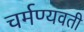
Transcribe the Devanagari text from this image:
चर्मण्यवती